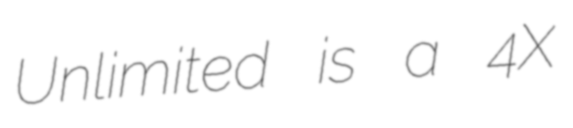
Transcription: Unlimited is a 4X